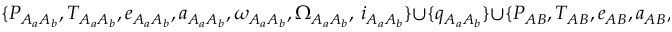
\{ P _ { A _ { a } A _ { b } } , T _ { A _ { a } A _ { b } } , e _ { A _ { a } A _ { b } } , a _ { A _ { a } A _ { b } } , \omega _ { A _ { a } A _ { b } } , \Omega _ { A _ { a } A _ { b } } , \, i _ { A _ { a } A _ { b } } \} \cup \{ q _ { A _ { a } A _ { b } } \} \cup \{ P _ { A B } , T _ { A B } , e _ { A B } , a _ { A B } , \omega _ { A B } , \Omega _ { A B } , i _ { A B } \}